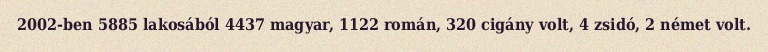
2002-ben 5885 lakosából 4437 magyar, 1122 román, 320 cigány volt, 4 zsidó, 2 német volt.